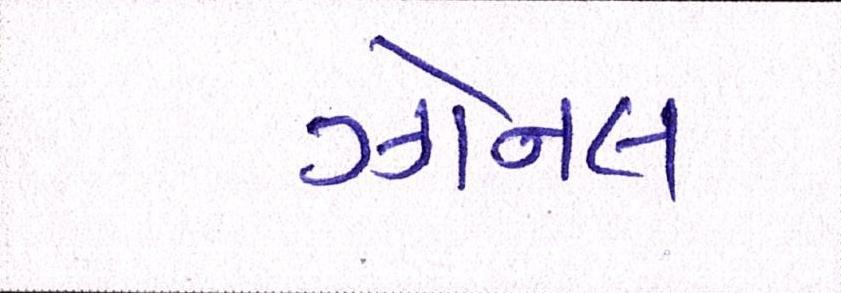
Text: ઝોનલ